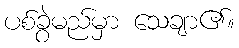
ပစ်ခွဲမည်မှာ သေချာ၏။